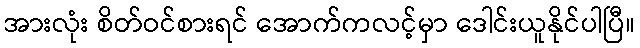
အားလုံး စိတ်ဝင်စားရင် အောက်ကလင့်မှာ ဒေါင်းယူနိုင်ပါပြီ။